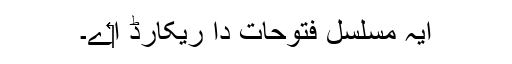
ایہ مسلسل فتوحات دا ریکارڈ ا‏‏ے۔